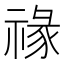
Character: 禒